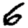
Digit: 6